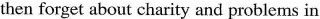
then forget about charity and problems in